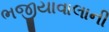
ભજીયાવાલાની